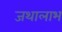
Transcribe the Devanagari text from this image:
जथालाभ